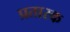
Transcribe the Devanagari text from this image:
प्रतारक